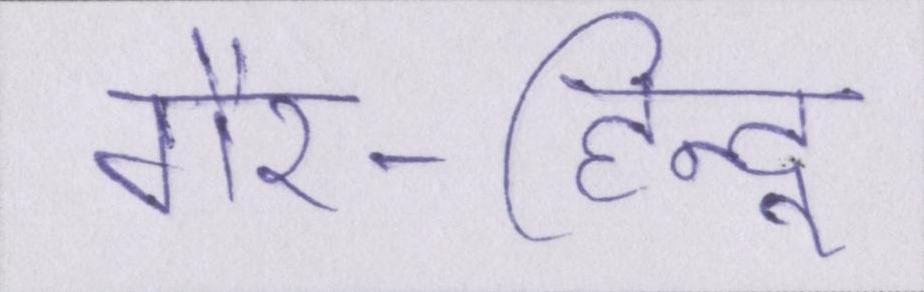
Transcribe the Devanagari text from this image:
गैर-हिन्दू